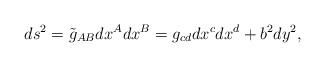
LaTeX: \begin{align*}ds^{2}=\tilde{g}_{AB}dx^A dx^B = g_{cd} dx^{c}dx^{d} + b^{2}dy^{2},\end{align*}